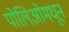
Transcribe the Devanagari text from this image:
पोलिओमधून